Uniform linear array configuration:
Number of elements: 8
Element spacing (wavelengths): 0.25
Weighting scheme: exponential
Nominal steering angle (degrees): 60
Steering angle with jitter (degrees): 60.508
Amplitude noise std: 0.05
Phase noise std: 0.05

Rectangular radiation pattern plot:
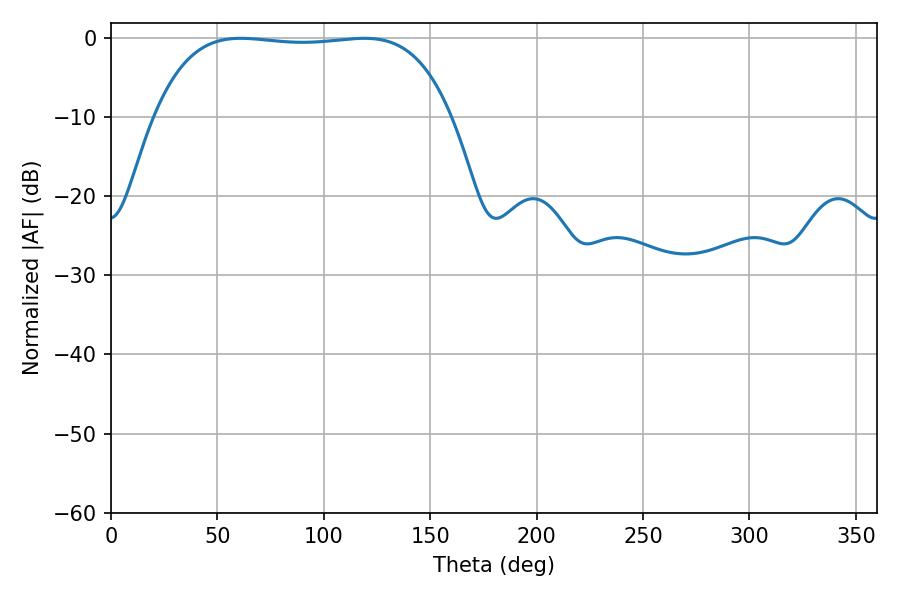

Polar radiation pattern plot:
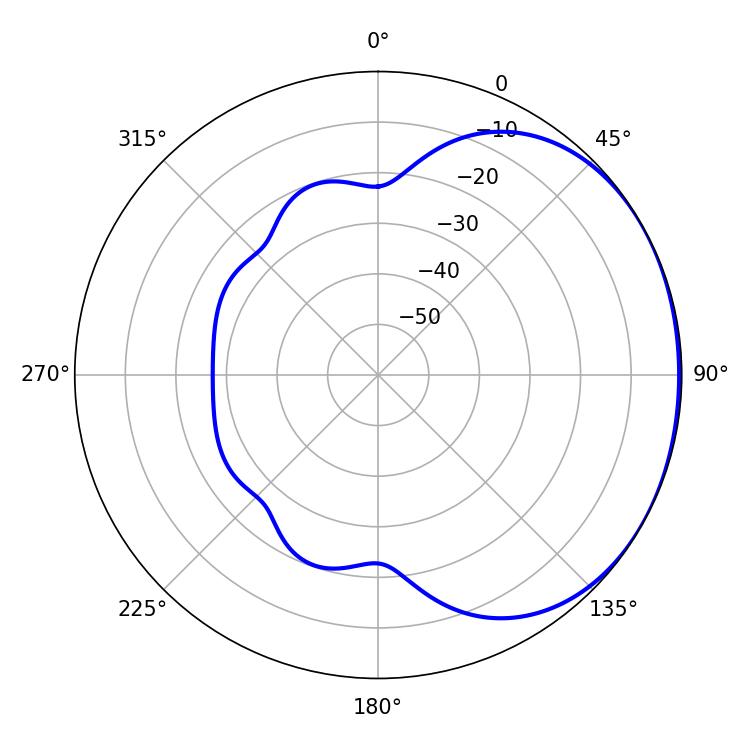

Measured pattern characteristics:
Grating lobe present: FALSE
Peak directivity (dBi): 1.109
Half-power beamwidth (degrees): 109.8
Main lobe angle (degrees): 61.02